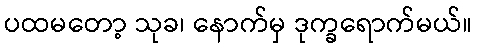
ပထမတော့ သုခ၊ နောက်မှ ဒုက္ခရောက်မယ်။